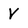
Character: v